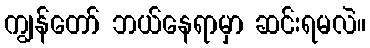
ကျွန်တော် ဘယ်နေရာမှာ ဆင်းရမလဲ။